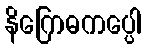
နိဂြောဓကပ္ပေါ